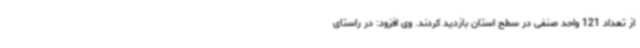
از تعداد 121 واحد صنفی در سطح استان بازدید کردند. وی افزود: در راستای